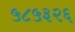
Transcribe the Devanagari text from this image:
५८५३२६